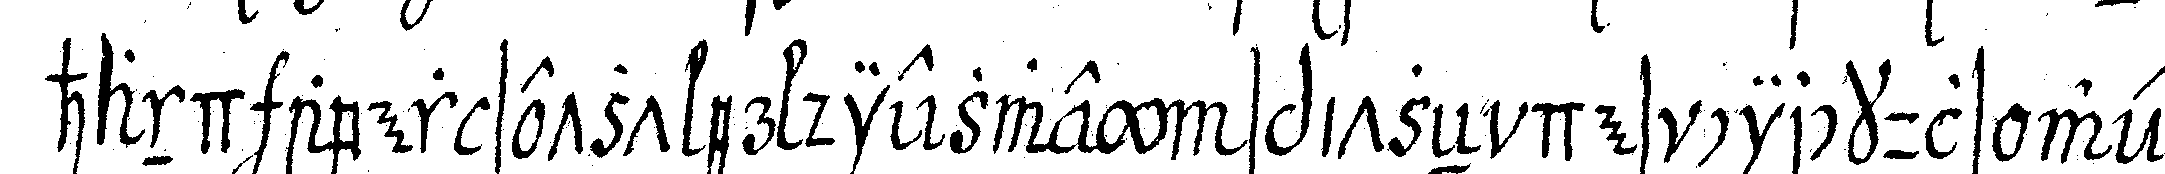
hand aber setzt er diezwey spitzeN des circkuls wel